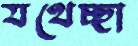
যথেচ্ছা